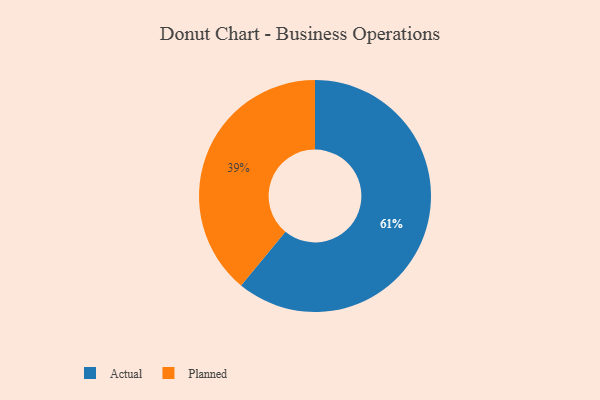
{"axis": {"x": "Category", "y": "Percentage"}, "legend": ["Actual", "Planned"], "data": [{"x": "Actual", "y": 61, "type": "Actual"}, {"x": "Planned", "y": 39, "type": "Planned"}]}